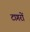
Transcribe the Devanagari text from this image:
टागरों